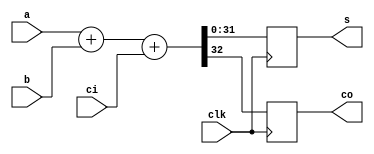
module adder_behavior_reg(s,co,a,b,ci,clk);
parameter width=32;
input [width-1:0]a,b;
input ci;
output reg [width-1:0]s;
output reg co;
input clk;
reg [width-1:0]s_;
reg co_;

always@(*)
	begin
	{co_,s_}<=a+b+ci;
	end
	
always@(posedge clk)
	begin
	co<=co_;
	s<=s_;
	end
	
endmodule